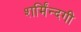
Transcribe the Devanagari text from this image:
शर्मिंन्दगी